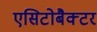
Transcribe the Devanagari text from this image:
एसिटोबैक्टर